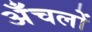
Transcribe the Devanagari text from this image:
अँचलों